Report of an investigation of the epidemic of malarial fever in Assam, or, kala-azar
Disease focus: Malaria
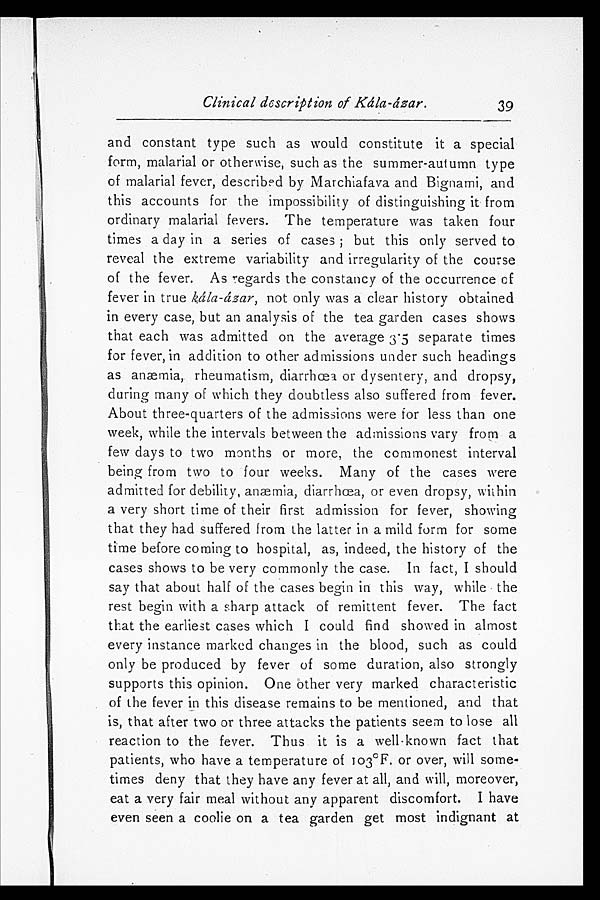
Clinical description of Kála-ázar.
and constant type such as would constitute it a special
form, malarial or otherwise, such as the summer-autumn type
of malarial fever, described by Marchiafava and Bignami, and
this accounts for the impossibility of distinguishing it from
ordinary malarial fevers. The temperature was taken four
times a day in a series of cases; but this only served to
reveal the extreme variability and irregularity of the course
of the fever. As regards the constancy of the occurrence cf
fever in true kála-ázar, not only was a clear history obtained
in every case, but an analysis of the tea garden cases shows
that each was admitted on the average 3.5 separate times
for fever, in addition to other admissions under such headings
as anæmia, rheumatism, diarrhœa or dysentery, and dropsy,
during many of which they doubtless also suffered from fever.
About three-quarters of the admissions were for less than one
week, while the intervals between the admissions vary from a
few days to two months or more, the commonest interval
being from two to four weeks. Many of the cases were
admitted for debility, anæmia, diarrhœa, or even dropsy, within
a very short time of their first admission for fever, showing
that they had suffered from the latter in a mild form for some
time before coming to hospital, as, indeed, the history of the
cases shows to be very commonly the case. In fact, I should
say that about half of the cases begin in this way, while the
rest begin with a sharp attack of remittent fever. The fact
that the earliest cases which I could find showed in almost
every instance marked changes in the blood, such as could
only be produced by fever of some duration, also strongly
supports this opinion. One other very marked characteristic
of the fever in this disease remains to be mentioned, and that
is, that after two or three attacks the patients seem to lose all
reaction to the fever. Thus it is a well-known fact that
patients, who have a temperature of 103°F. or over, will some
-times deny that they have any fever at all, and will, moreover,
eat a very fair meal without any apparent discomfort. I have
even seen a coolie on a tea garden get most indignant at
39